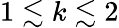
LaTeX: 1\lesssim k\lesssim 2